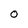
Character: O